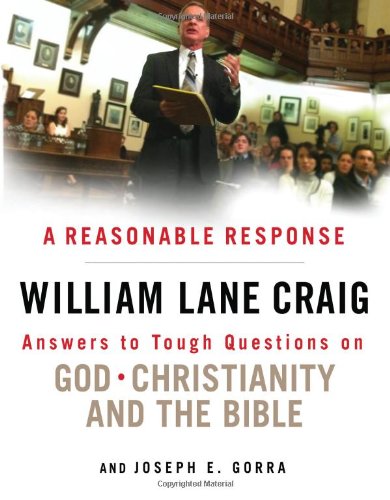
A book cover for A Reasonable Response: Answers to Tough Questions on God, Christianity, and the Bible; William Lane Craig; Politics & Social Sciences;